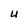
Character: U